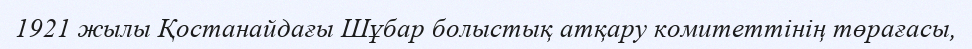
1921 жылы Қостанайдағы Шұбар болыстық атқару комитеттінің төрағасы,